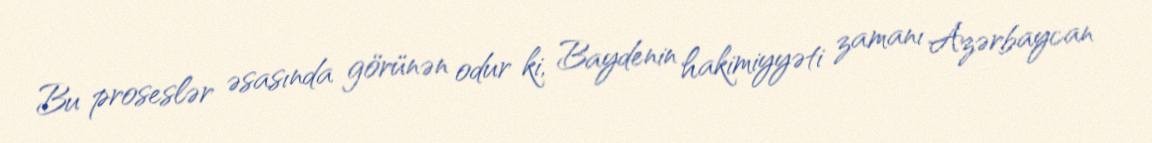
Bu proseslər əsasında görünən odur ki, Baydenin hakimiyyəti zamanı Azərbaycan